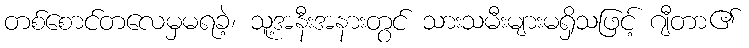
တစ်စောင်တလေမှမရခဲ့၊ သူ့အနီးအနားတွင် သားသမီးများမရှိသဖြင့် ဂျီတာ၏